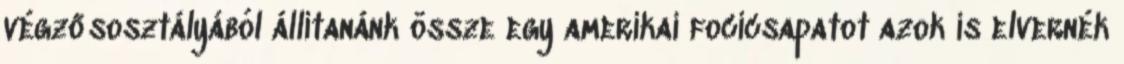
végzősosztályából állítanánk össze egy amerikai focicsapatot azok is elvernék